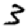
Digit: 3